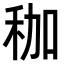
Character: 𥝿